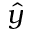
\hat { y }